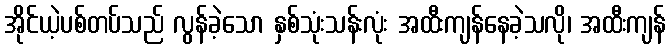
အိုင်ယဲ့ပစ်တပ်သည် လွန်ခဲ့သော နှစ်သုံးသန်းလုံး အထီးကျန်နေခဲ့သလို၊ အထီးကျန်